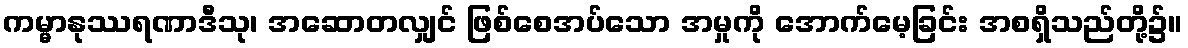
ကမ္မာနုဿရဏာဒီသု၊ အဆောတလျှင် ဖြစ်စေအပ်သော အမှုကို အောက်မေ့ခြင်း အစရှိသည်တို့၌။